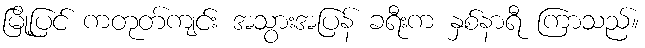
မြို့ပြင် ကတုတ်ကျင်း အသွားအပြန် ခရီးက နှစ်နာရီ ကြာသည်။